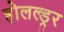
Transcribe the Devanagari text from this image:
होलल्ड्रर